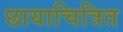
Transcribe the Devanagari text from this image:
छायाचित्रित